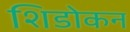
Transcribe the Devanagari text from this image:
शिडोकन